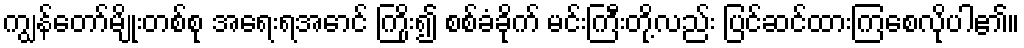
ကျွန်တော်မျိုးတစ်စု အရေးရအောင် ကြိုး၍ စစ်ခံခိုက် မင်းကြီးတို့လည်း ပြင်ဆင်ထားကြစေလိုပါ၏။